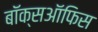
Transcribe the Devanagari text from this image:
बाॅक्सऑफिस